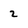
Character: 2